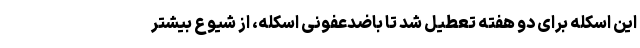
این اسکله برای دو هفته تعطیل شد تا باضدعفونی اسکله، از شیوع بیشتر